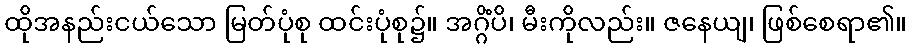
ထိုအနည်းငယ်သော မြတ်ပုံစု ထင်းပုံစု၌။ အဂ္ဂိံပိ၊ မီးကိုလည်း။ ဇနေယျ၊ ဖြစ်စေရာ၏။